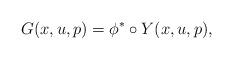
LaTeX: \begin{align*}G(x,u,p)=\phi^* \circ Y(x, u, p),\end{align*}